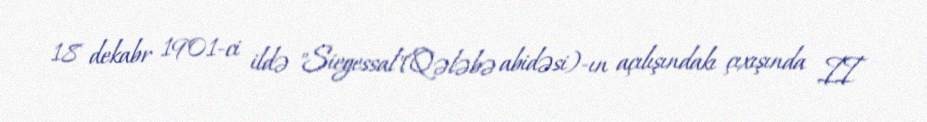
18 dekabr 1901-ci ildə "Siegessal"(Qələbə abidəsi)-ın açılışındakı çıxışında II